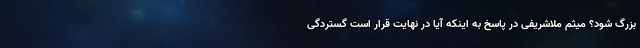
بزرگ شود؟ میثم ملاشریفی در پاسخ به اینکه آیا در نهایت قرار است گستردگی